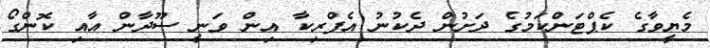
މެޔީވާގެ ކެޕްޓަންކަމުގެ ދަށުން ދެކުނު އެފްރިކާ އިން ވަނީ ސޫދާން އާއި ކޮންގޯ